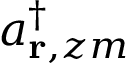
a _ { { \bf r } , z m } ^ { \dagger }